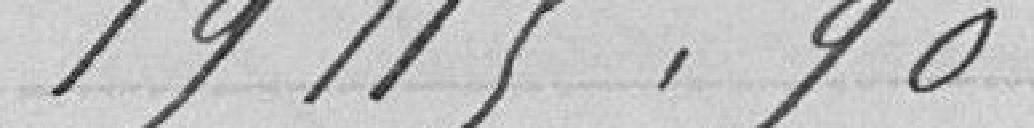
19115.90.